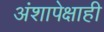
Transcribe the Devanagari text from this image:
अंशापेक्षाही